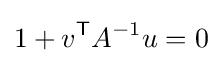
1+v^{\textsf {T}}A^{-1}u=0